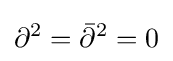
\partial ^{2}={\bar {\partial }}^{2}=0